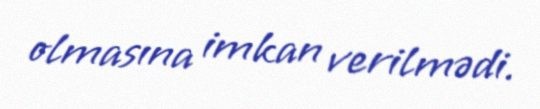
olmasına imkan verilmədi.